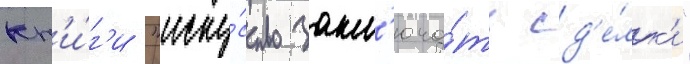
кн'и́г'и "иску́сство закл'юча́ть сд'е́лк'и"